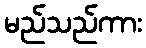
မည်သည်ကား